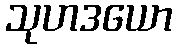
သုဟဒယော